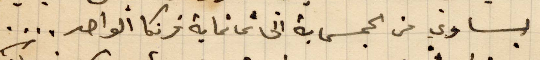
من الخمساية الى تمانماية فرنكًا الواحد...